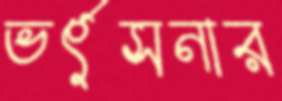
ভর্ৎসনার